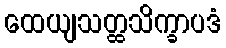
ထေယျသတ္ထသိက္ခာပဒံ